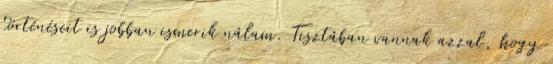
történéseit is jobban ismerik nálam. Tisztában vannak azzal, hogy